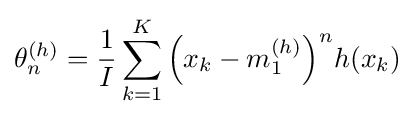
\theta _{n}^{(h)}={\frac {1}{I}}\sum _{k=1}^{K}{\Big (}x_{k}-m_{1}^{(h)}{\Big )}^{n}h(x_{k})